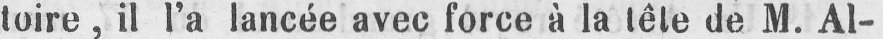
toire, il l’a lancée avec force à la tête de M. Al-